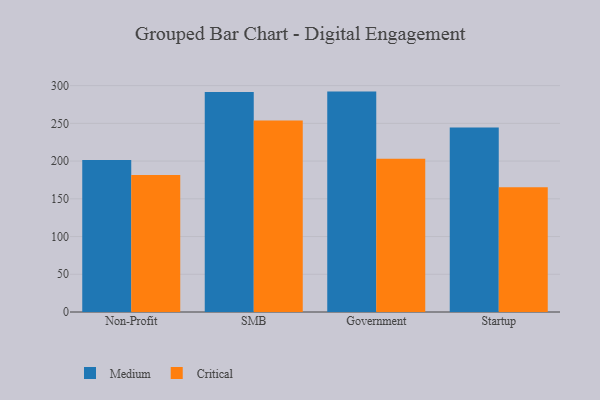
{"axis": {"x": "Segment", "y": "Shipments"}, "legend": ["Critical", "Medium"], "data": [{"x": "Non-Profit", "y": 201.5, "type": "Medium"}, {"x": "Non-Profit", "y": 181.5, "type": "Critical"}, {"x": "SMB", "y": 291.5, "type": "Medium"}, {"x": "SMB", "y": 253.8, "type": "Critical"}, {"x": "Government", "y": 292.1, "type": "Medium"}, {"x": "Government", "y": 203.2, "type": "Critical"}, {"x": "Startup", "y": 244.5, "type": "Medium"}, {"x": "Startup", "y": 165.2, "type": "Critical"}]}